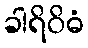
ခါရိဝိဓံ